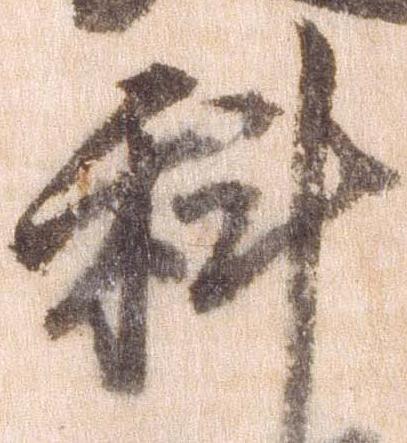
科